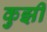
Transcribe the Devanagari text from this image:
कुझी